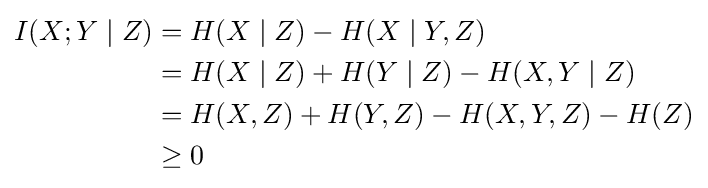
{\begin{aligned}I(X;Y\mid Z)&=H(X\mid Z)-H(X\mid Y,Z)\\&=H(X\mid Z)+H(Y\mid Z)-H(X,Y\mid Z)\\&=H(X,Z)+H(Y,Z)-H(X,Y,Z)-H(Z)\\&\geq 0\end{aligned}}